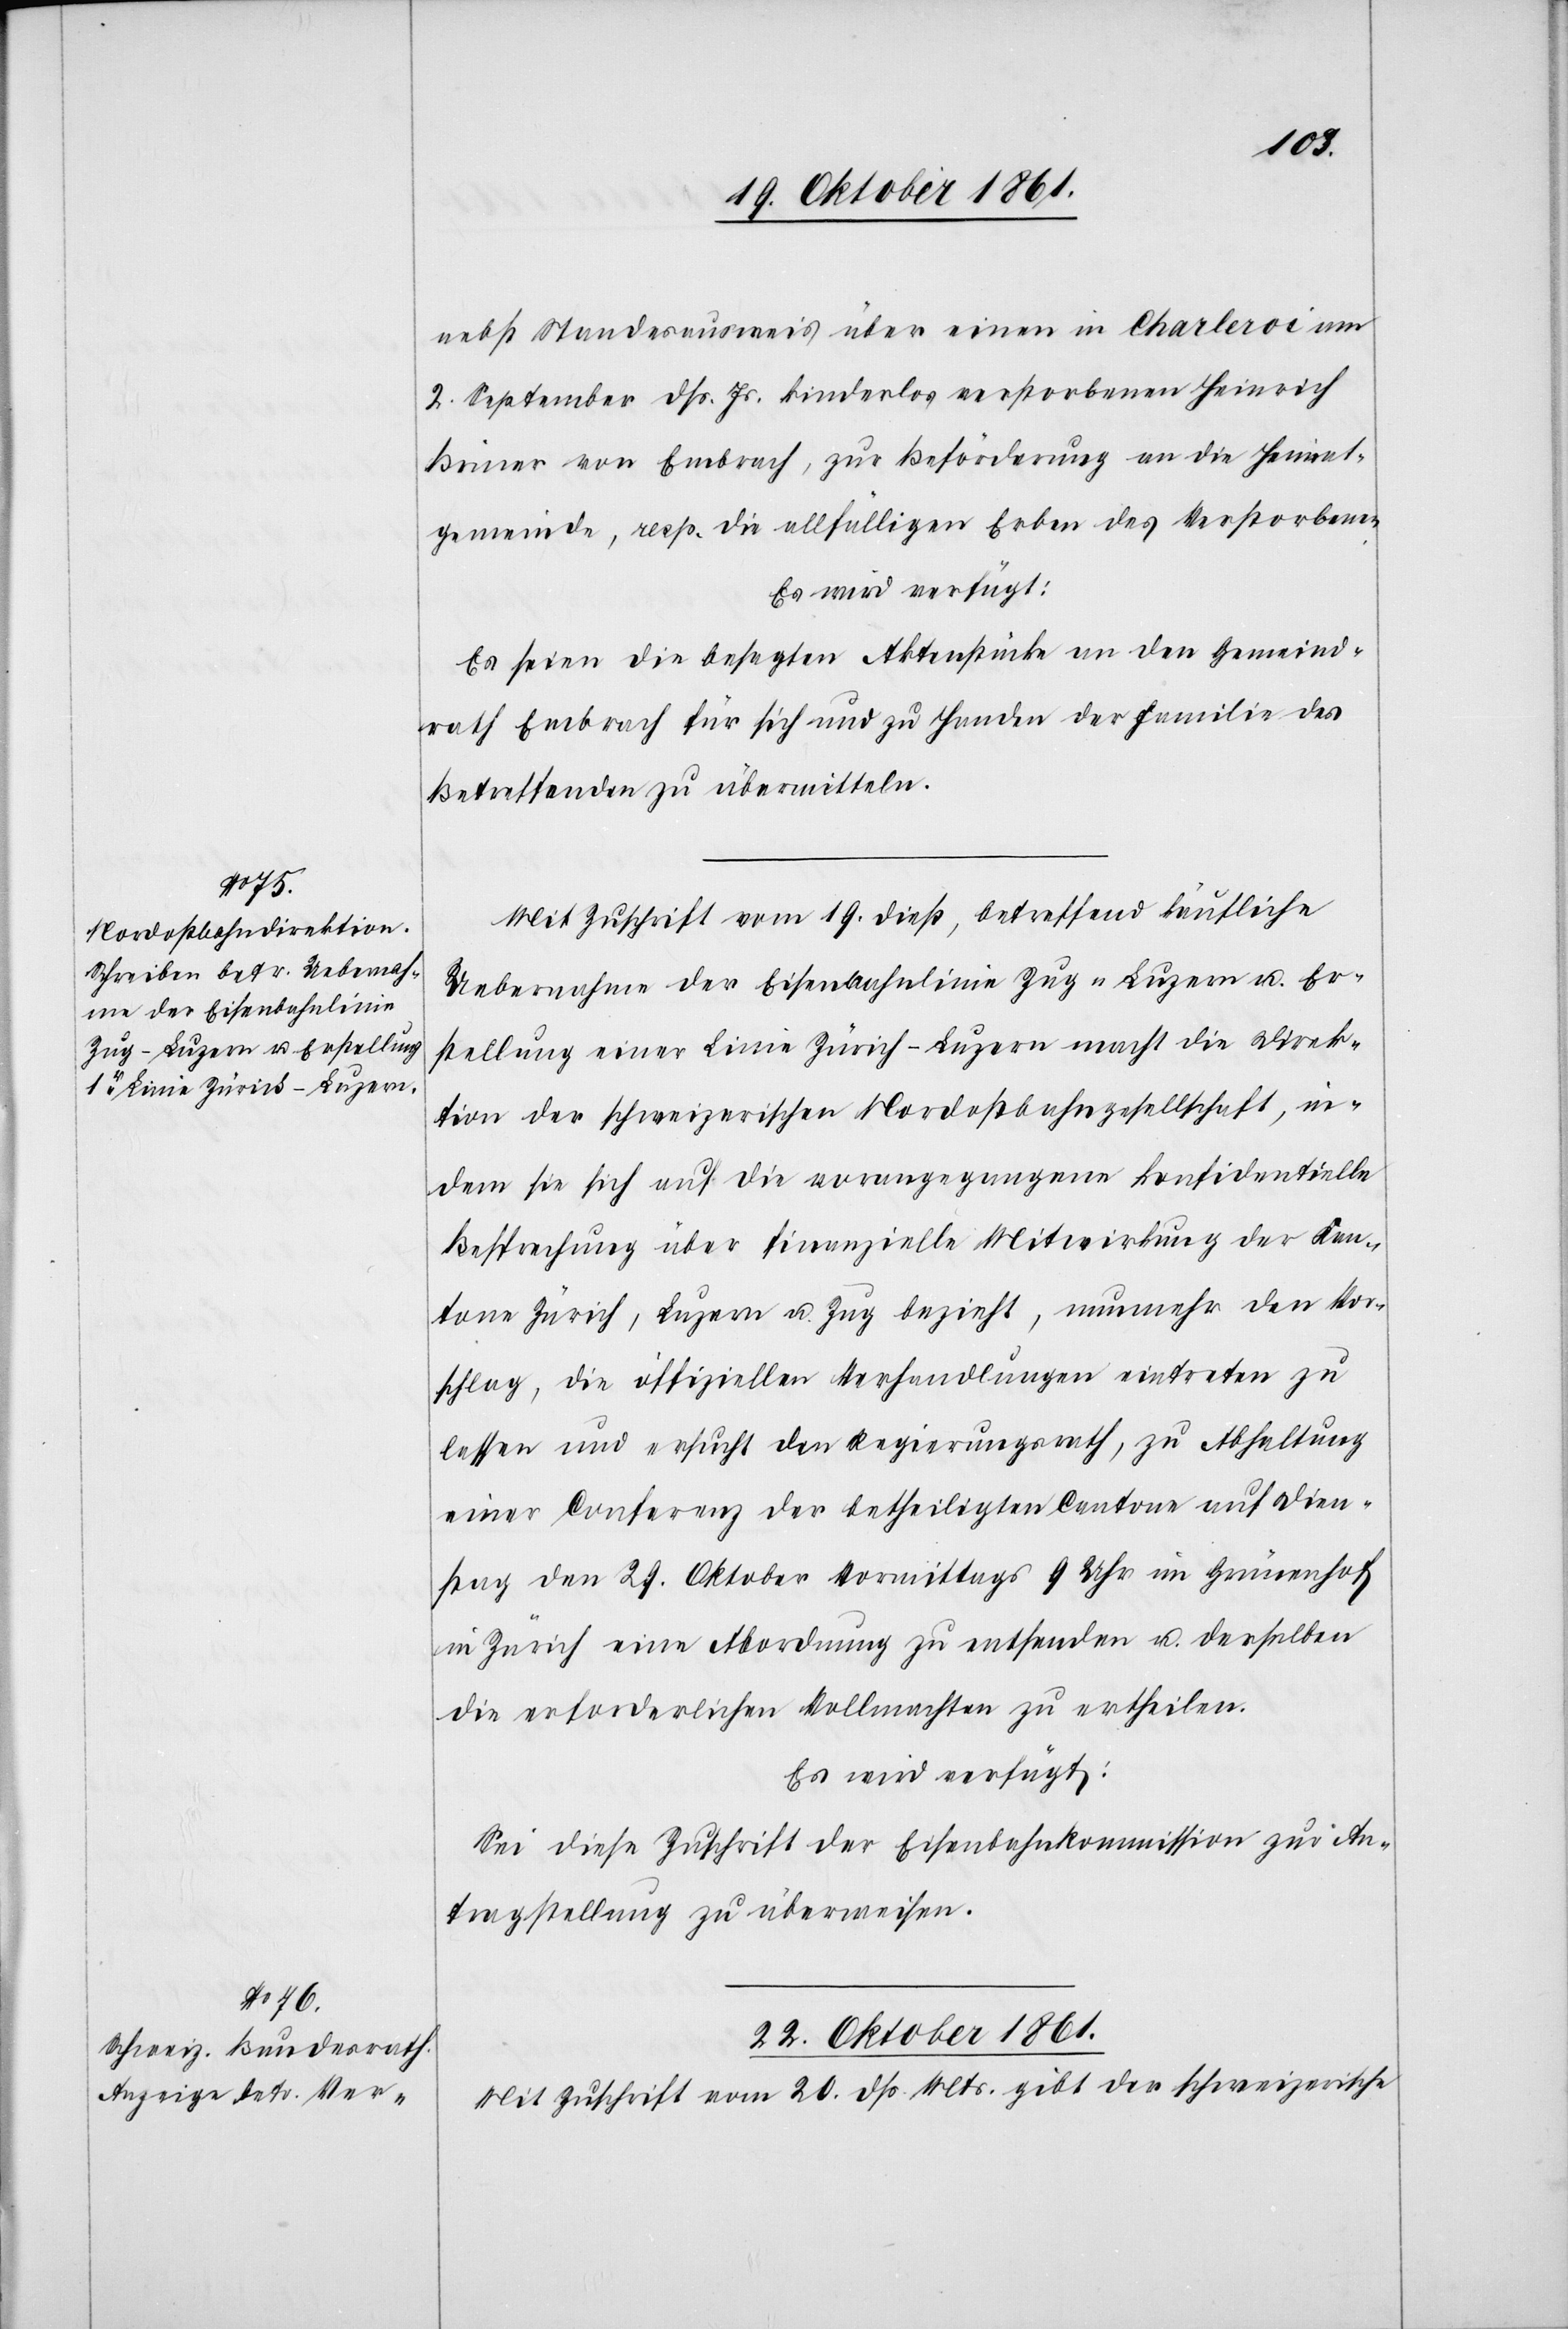
22 Oktober 1861.
nebst Standesausweis über einen in Charleroi am
2 September dß. Js. kinderlos verstorbenen Heinrich
Briner von Embrach, zur Beförderung an die Heimat¬
gemeinde, resp. die allfälligen Erben des Verstorbenen.
Es wird verfügt:
Es seien die besagten Aktenstücke an den Gemeind¬
rath Embrach für sich und zu Handen der Familie des
Betreffenden zu übermitteln.
Mit Zuschrift vom 19 dieß, betreffend käufliche
Uebernahme der Eisenbahnlinie Zug-Luzern u. Be¬
stellung einer Linie Zürich-Luzern macht die Sek¬
tion der schweizerischen Nordostbahngesellschaft, in¬
dem sie sich auf die vorangegangene konfidentielle
Besprechung über finanzielle Mitwirkung der Kan¬
tone Zürich, Luzern u. Zug bezieht, nunmehr den Vor¬
schlag, die offiziellen Verhandlungen eintreten zu
lassen und ersucht den Regierungsrath, zu Abhaltung
einer Conferenz der betheiligten Cantone auf Dien¬
stag den 29 Oktober Vormittags 9 Uhr im Grünenhof
in Zürich eine Abordnung zu entsenden u. derselben
die erforderlichen Vollmachten zu ertheilen.
Mit Zuschrift vom 20 dß. Mts. gibt der schweizerische